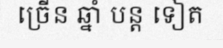
ច្រើន ឆ្នាំ បន្ត ទៀត